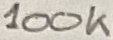
Text: 100K